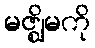
မဇ္ဈိမကို